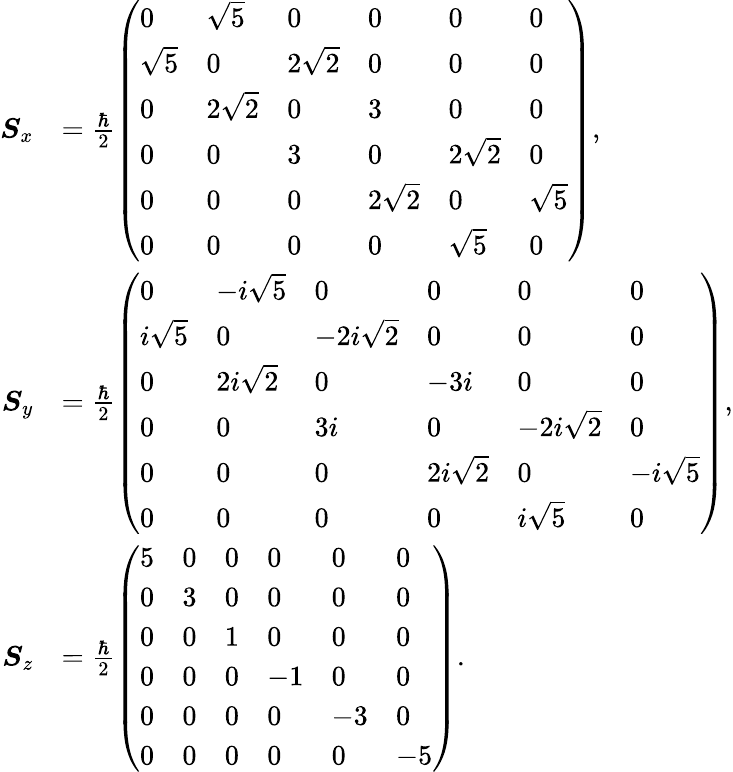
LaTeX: {\begin{array}{rl}{{\boldsymbol{S}}_{x}}&{={\frac{\hbar}{2}}{\left(\begin{array}{llllll}{0}&{{\sqrt{5}}}&{0}&{0}&{0}&{0}\\ {{\sqrt{5}}}&{0}&{2{\sqrt{2}}}&{0}&{0}&{0}\\ {0}&{2{\sqrt{2}}}&{0}&{3}&{0}&{0}\\ {0}&{0}&{3}&{0}&{2{\sqrt{2}}}&{0}\\ {0}&{0}&{0}&{2{\sqrt{2}}}&{0}&{{\sqrt{5}}}\\ {0}&{0}&{0}&{0}&{{\sqrt{5}}}&{0}\end{array}\right)},}\\ {{\boldsymbol{S}}_{y}}&{={\frac{\hbar}{2}}{\left(\begin{array}{llllll}{0}&{-i{\sqrt{5}}}&{0}&{0}&{0}&{0}\\ {i{\sqrt{5}}}&{0}&{-2i{\sqrt{2}}}&{0}&{0}&{0}\\ {0}&{2i{\sqrt{2}}}&{0}&{-3i}&{0}&{0}\\ {0}&{0}&{3i}&{0}&{-2i{\sqrt{2}}}&{0}\\ {0}&{0}&{0}&{2i{\sqrt{2}}}&{0}&{-i{\sqrt{5}}}\\ {0}&{0}&{0}&{0}&{i{\sqrt{5}}}&{0}\end{array}\right)},}\\ {{\boldsymbol{S}}_{z}}&{={\frac{\hbar}{2}}{\left(\begin{array}{llllll}{5}&{0}&{0}&{0}&{0}&{0}\\ {0}&{3}&{0}&{0}&{0}&{0}\\ {0}&{0}&{1}&{0}&{0}&{0}\\ {0}&{0}&{0}&{-1}&{0}&{0}\\ {0}&{0}&{0}&{0}&{-3}&{0}\\ {0}&{0}&{0}&{0}&{0}&{-5}\end{array}\right)}.}\end{array}}